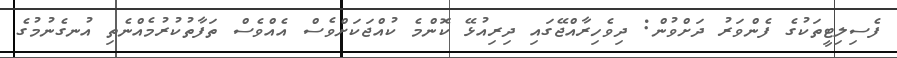
ފެސިލިޓީތަކުގެ ފެންވަރު ދަށްވުން: ދިވެހިރާއްޖޭގައި ދިރިއުޅޭ ކޮންމެ ކުއްޖަކަށްވެސް އެއްވެސް ތަފާތުކުރުމެއްނެތި އުނގެނުމުގެ